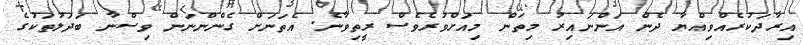
އިރާދަކުރެއްވިއްޔާ ދެން އަންނައިރު މިތަން މިއަށްވުރެވެސް ރީތިވާނެ. އެތަނަށް ގެންންނަން ވިސްނާ ބަދަލުތަކުގެ